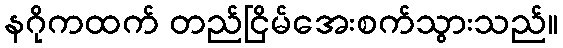
နဂိုကထက် တည်ငြိမ်အေးစက်သွားသည်။